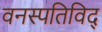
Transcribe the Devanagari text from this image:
वनस्पतिविद्